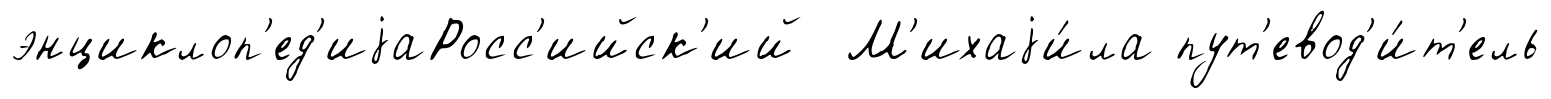
энциклоп'ед'иjаРосс'ийск'ий М'ихаjи́ла пут'евод'и́т'ель